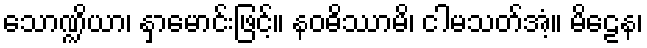
သောဏ္ဍိယာ၊ နှာမောင်းဖြင့်။ နဝဓိဿာမိ၊ ငါမသတ်အံ့။ မိဠေန၊